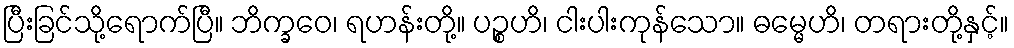
ပြီးခြင်သို့ရောက်ပြီ။ ဘိက္ခဝေ၊ ရဟန်းတို့။ ပဉ္စဟိ၊ ငါးပါးကုန်သော။ ဓမ္မေဟိ၊ တရားတို့နှင့်။